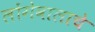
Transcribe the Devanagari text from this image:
लोंगेवालाचे